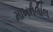
માખનલાલ